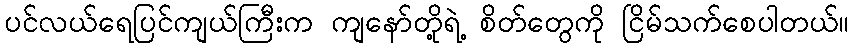
ပင်လယ်ရေပြင်ကျယ်ကြီးက ကျနော်တို့ရဲ့ စိတ်တွေကို ငြိမ်သက်စေပါတယ်။